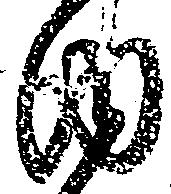
内